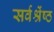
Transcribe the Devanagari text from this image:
सर्वश्रेंष्ठ